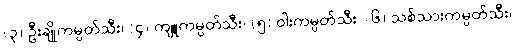
(၃) ဦးချိုကမ္ပတ်သီး၊ (၄) ကျူကမ္ပတ်သီး၊ (၅) ဝါးကမ္ပတ်သီး၊ (၆) သစ်သားကမ္ပတ်သီး၊